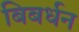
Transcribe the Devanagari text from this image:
बिबर्धन